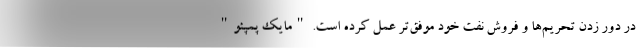
در دور زدن تحریم‌ها و فروش نفت خود موفق‌تر عمل کرده است. "مایک پمپئو"